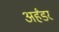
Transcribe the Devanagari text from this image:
अर्हंडर